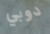
دوبي